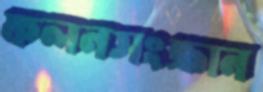
ফলনসংক্রান